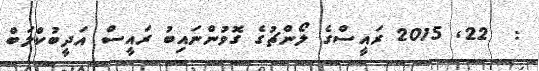
:  22